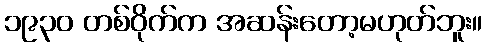
၁၉၃၀ တစ်ဝိုက်က အဆန်းတော့မဟုတ်ဘူး။